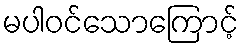
မပါဝင်သောကြောင့်